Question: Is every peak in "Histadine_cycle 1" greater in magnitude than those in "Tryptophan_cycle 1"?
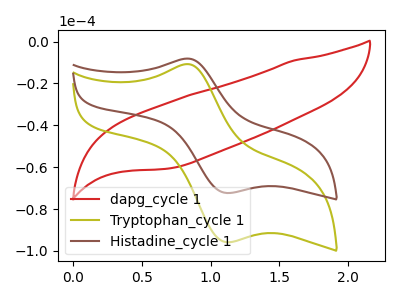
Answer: <think>The red curve "dapg_cycle 1" has no peaks. The olive curve "Tryptophan_cycle 1" has an anodic peak at (0.80V, -10.80uA) and a cathodic peak at (1.10V, -95.85uA). The brown curve "Histadine_cycle 1" has an anodic peak at (0.80V, -8.15uA) and a cathodic peak at (1.10V, -72.35uA).</think>
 <answer>The peaks in "Histadine_cycle 1" are neither all higher or all lower than the peaks in "Tryptophan_cycle 1".</answer>
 <eval>mixed</eval>